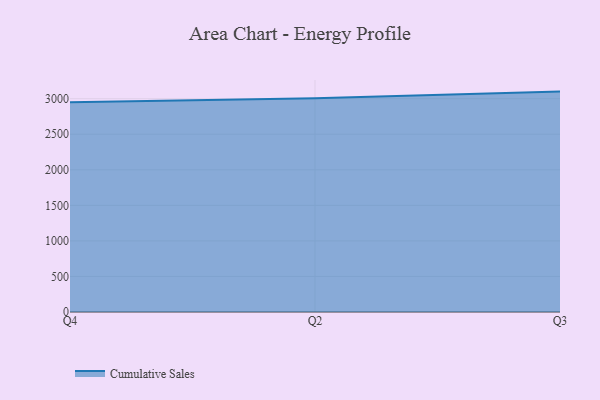
{"axis": {"x": "Quarter", "y": "Satisfaction Score"}, "legend": ["Cumulative Sales"], "data": [{"x": "Q4", "y": 2949.7, "type": "Cumulative Sales"}, {"x": "Q2", "y": 3007.2, "type": "Cumulative Sales"}, {"x": "Q3", "y": 3099.7, "type": "Cumulative Sales"}]}